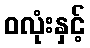
ဝလုံးနှင့်